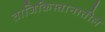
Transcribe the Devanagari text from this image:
ताजिकिस्तानातील